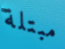
مبتلة